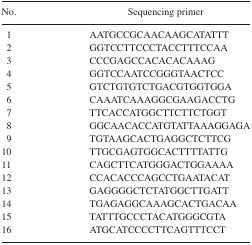
| No. | Sequencing primer |
 | --- | --- |
 | 1 | AATGCCGCAACAAGCATATTT |
 | 2 | GGTCCTTCCCTACCTTTCCAA |
 | 3 | CCCGAGCCACACACAAAG |
 | 4 | GGTCCAATCCGGGTAACTCC |
 | 5 | GTCTGTGTCTGACGTGGTGGA |
 | 6 | CAAATCAAAGGCGAAGACCTG |
 | 7 | TTCACCATGGCTTCTTCTGGT |
 | 8 | GGCAACACCATGTATTAAAGGAGA |
 | 9 | TGTAAGCACTGAGGCTCTTCG |
 | 10 | TTGCGAGTGGCACTTTTATTG |
 | 11 | CAGCTTCATGGGACTGGAAAA |
 | 12 | CCACACCCAGCCTGAATACAT |
 | 13 | GAGGGGCTCTATGGCTTGATT |
 | 14 | TGAGAGGCAAAGCACTGACAA |
 | 15 | TATTTGCCCTACATGGGCGTA |
 | 16 | ATGCATCCCCTTCAGTTTCCT |